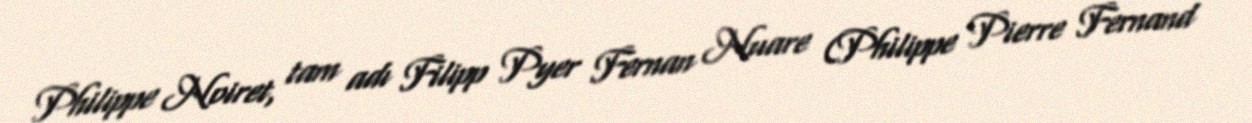
Philippe Noiret, tam adı Filipp Pyer Fernan Nuare (Philippe Pierre Fernand